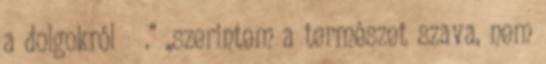
a dolgokról .” „szerintem a természet szava, nem